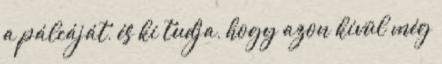
a pálcáját, és ki tudja, hogy azon kívül még